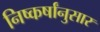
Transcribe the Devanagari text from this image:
निष्कर्षांनुसार